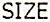
SIZE